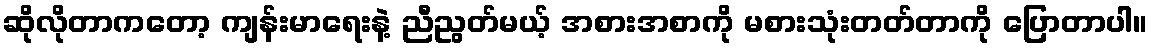
ဆိုလိုတာကတော့ ကျန်းမာရေးနဲ့ ညီညွတ်မယ့် အစားအစာကို မစားသုံးတတ်တာကို ပြောတာပါ။